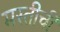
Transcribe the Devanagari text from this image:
मस्तीची